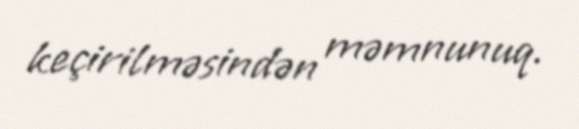
keçirilməsindən məmnunuq.